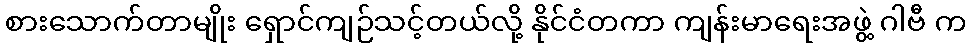
စားသောက်တာမျိုး ရှောင်ကျဉ်သင့်တယ်လို့ နိုင်ငံတကာ ကျန်းမာရေးအဖွဲ့ ဂါဗီ က